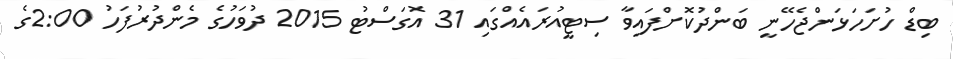
ބިޑް ހުށަހަޅަންޖެހޭނީ ބަންދުކޮށްފައިވާ ސިޓީއުރައެއްގައި 31 އޮގަސްޓު 2015 ދުވަހުގެ މެންދުރުފަހު 2:00ގެ